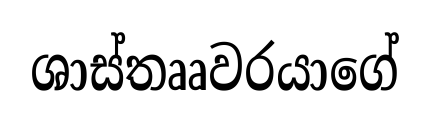
ශාස්තෲවරයාගේ